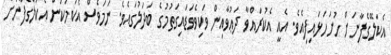
އެކަލޭގެފާނަށް ހުށަހަޅައިފިއެވެ. އެއީ އެކުރައްވާ ދަޢުވާއިން ވަކިވެވަޑައިގަތުމުގެ ބަދަލުގައެވެ. ނަމަވެސް އެކަމަކުން އެކަލޭގެފާނަށް